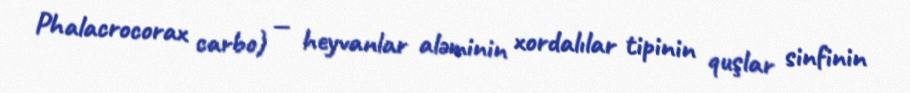
Phalacrocorax carbo) — heyvanlar aləminin xordalılar tipinin quşlar sinfinin